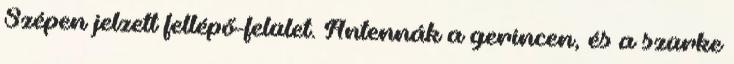
Szépen jelzett fellépő-felület. Antennák a gerincen, és a szürke